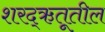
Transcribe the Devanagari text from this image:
शरद्‌ऋतूतील